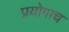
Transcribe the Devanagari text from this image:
प्रयोगाच